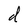
Character: d